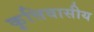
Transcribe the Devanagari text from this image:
कृत्तिवासीय